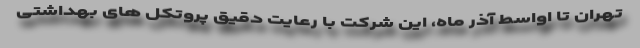
تهران تا اواسط آذر ماه، این شرکت با رعایت دقیق پروتکل های بهداشتی